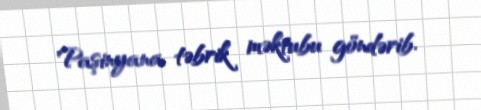
Paşinyana təbrik məktubu göndərib.